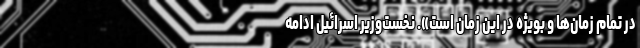
در تمام زمان‌ها و بویژه در این زمان است». نخست‌وزیر اسرائیل ادامه